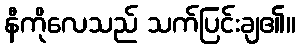
နီကိုလေသည် သက်ပြင်းချ၏။